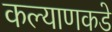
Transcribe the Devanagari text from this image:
कल्याणकडे